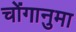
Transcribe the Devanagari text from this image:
चोंगानुमा